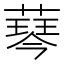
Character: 䔷